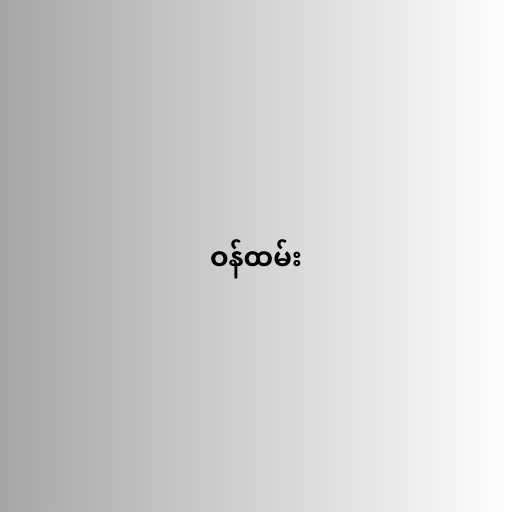
ဝန်ထမ်း